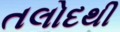
તલોદથી